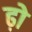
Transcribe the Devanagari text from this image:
ढ़ो